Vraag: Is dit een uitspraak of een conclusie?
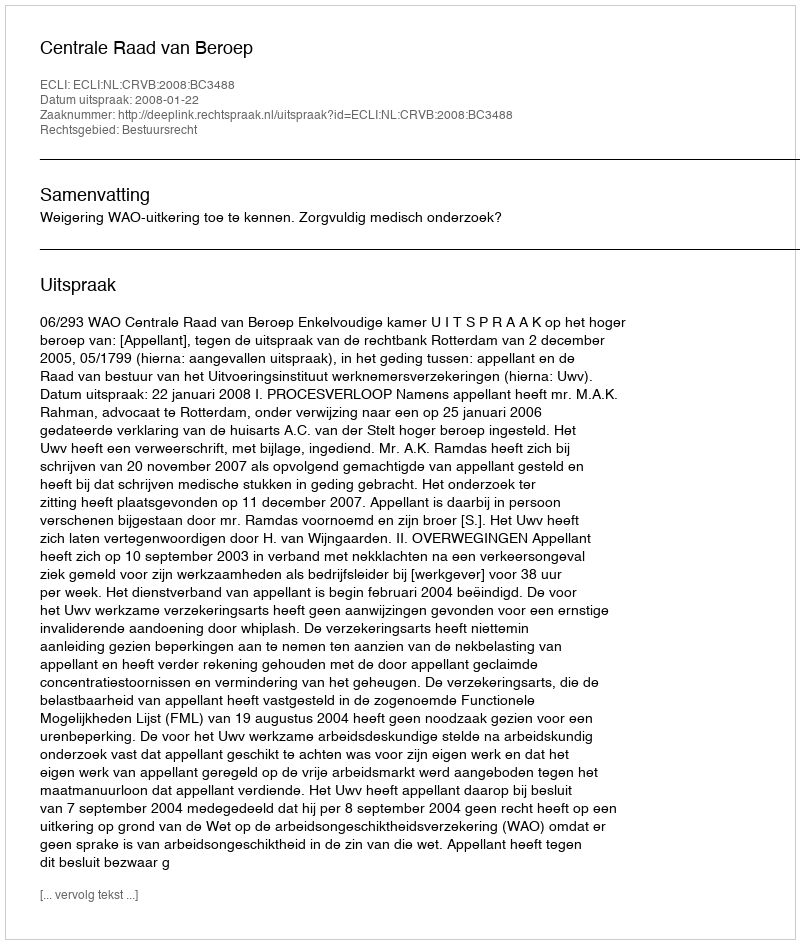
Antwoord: Uitspraak